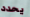
يحدد